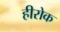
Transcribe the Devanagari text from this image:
हीरोक